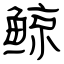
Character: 鲸